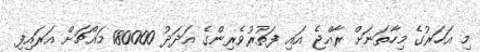
މި އަހަރުގެ މިހާތަނަށް ރާއްޖެ އައި ފަތުރުވެރިންގެ އަދަދު 180000 މައްޗަށް އަރައިފި